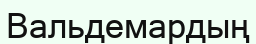
Вальдемардың